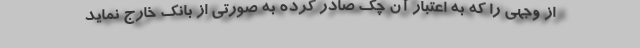
از وجهی را که به اعتبار آن چک صادر کرده به صورتی از بانک خارج نماید